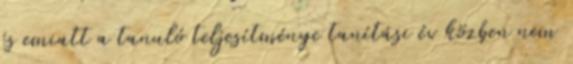
és emiatt a tanuló teljesítménye tanítási év közben nem